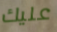
عليك